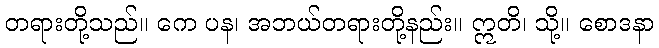
တရားတို့သည်။ ကေ ပန၊ အဘယ်တရားတို့နည်း။ ဣတိ၊ သို့။ စောဒနာ